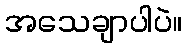
အသေချာပါပဲ။